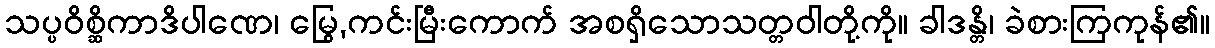
သပ္ပဝိစ္ဆိကာဒိပါဏေ၊ မြွေ,ကင်းမြီးကောက် အစရှိသောသတ္တဝါတို့ကို။ ခါဒန္တိ၊ ခဲစားကြကုန်၏။